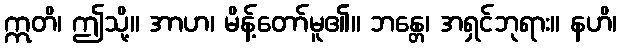
ဣတိ၊ ဤသို့။ အာဟ၊ မိန့်တော်မူ၏။ ဘန္တေ၊ အရှင်ဘုရား။ နဟိ၊